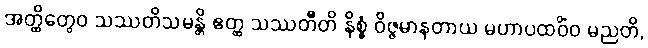
အတ္ထိတွေဝ သဿတိသမန္တိ ဧတ္ထ သဿတီတိ နိစ္စံ ဝိဇ္ဇမာနတာယ မဟာပထဝိံဝ မညတိ,